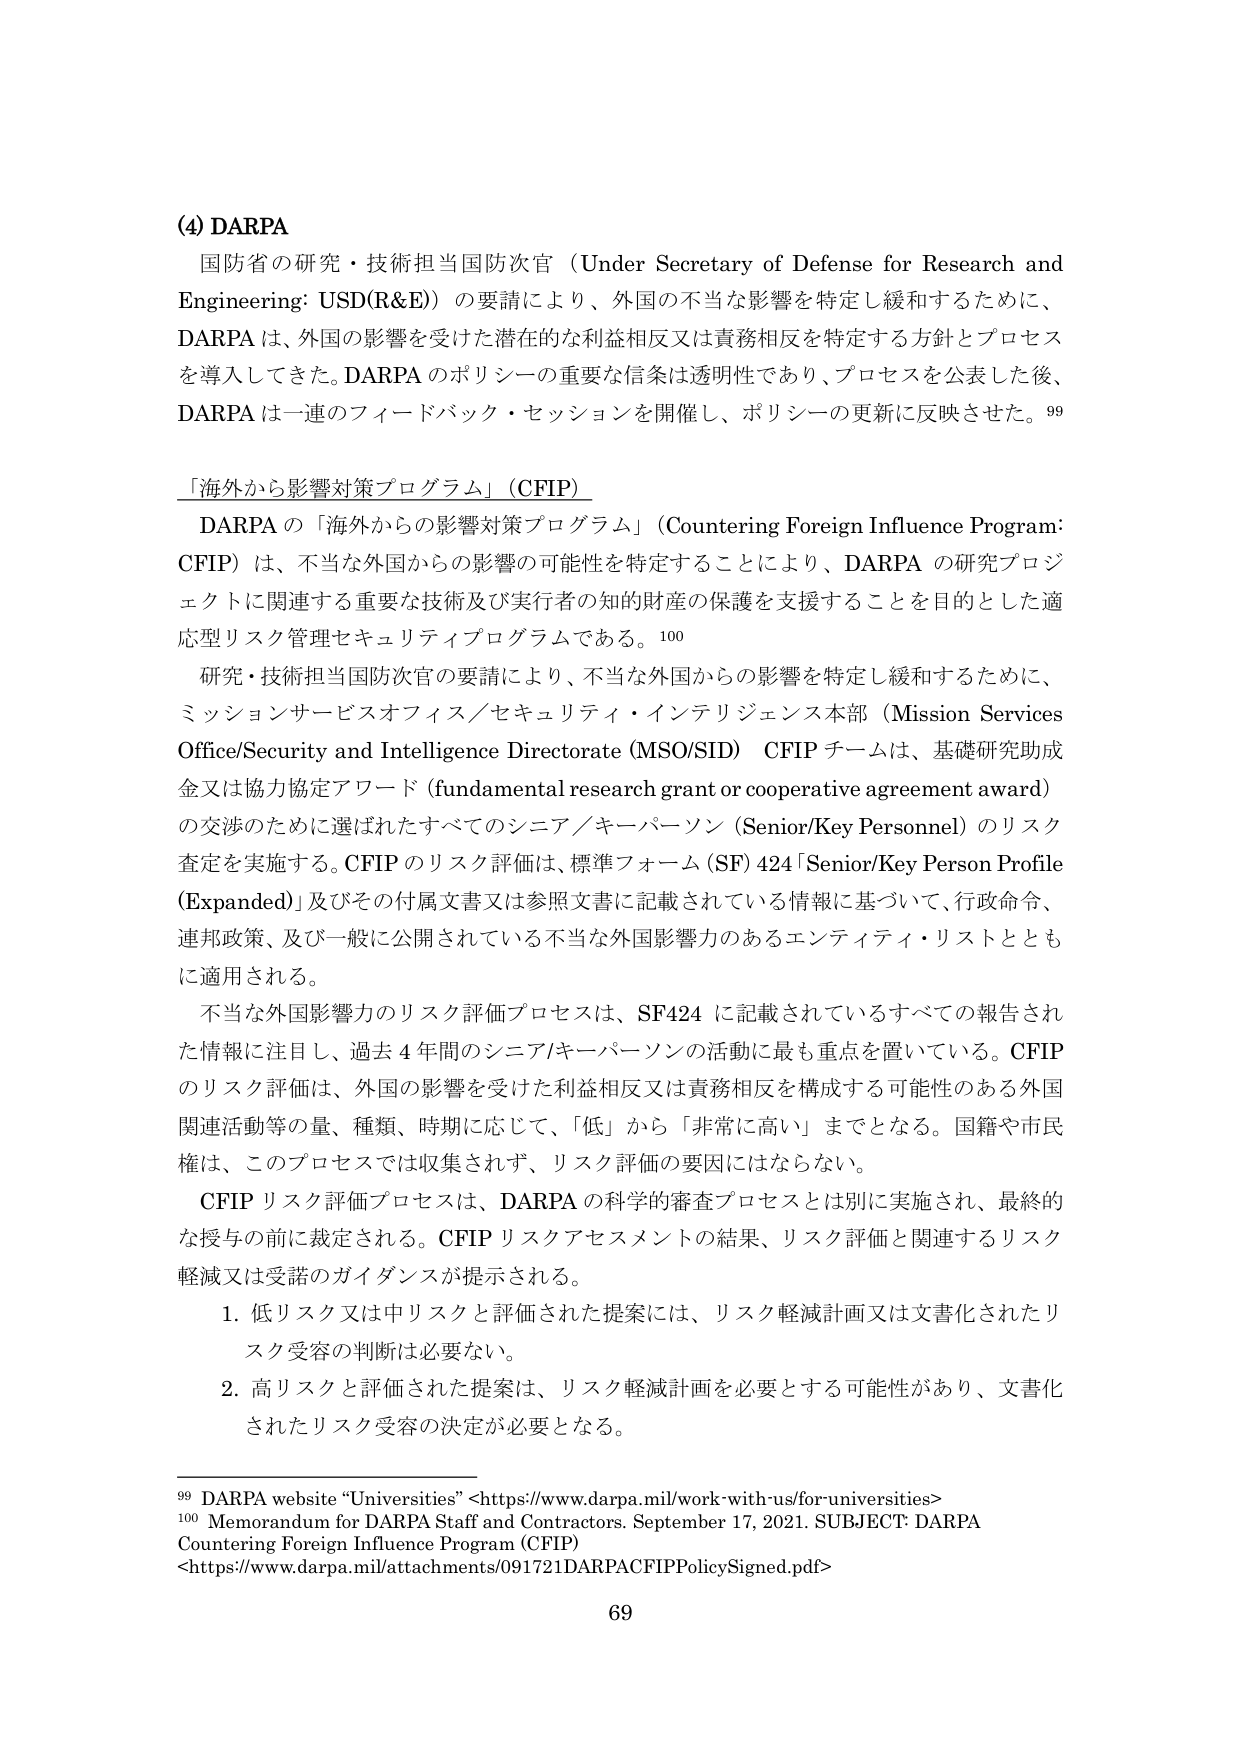
(4) DARPA
国防省の研究・技術担当国防次官（Under Secretary of Defense for Research and Engineering: USD(R&E)）の要請により、外国の不当な影響を特定し緩和するために、DARPA は、外国の影響を受けた潜在的な利益相反又は責務相反を特定する方針とプロセスを導入してきた。DARPA のポリシーの重要な信条は透明性であり、プロセスを公表した後、DARPA は一連のフィードバック・セッションを開催し、ポリシーの更新に反映させた。99

「海外から影響対策プログラム」（CFIP）
DARPA の「海外からの影響対策プログラム」（Countering Foreign Influence Program: CFIP）は、不当な外国からの影響の可能性を特定することにより、DARPA の研究プロジェクトに関連する重要な技術及び実行者の知的財産の保護を支援することを目的とした適応型リスク管理セキュリティプログラムである。100
研究・技術担当国防次官の要請により、不当な外国からの影響を特定し緩和するために、ミッションサービスオフィス／セキュリティ・インテリジェンス本部（Mission Services Office/Security and Intelligence Directorate (MSO/SID)）CFIP チームは、基礎研究助成金又は協力協定アワード（fundamental research grant or cooperative agreement award）の交渉のために選ばれたすべてのシニア／キーパーソン（Senior/Key Personnel）のリスク査定を実施する。CFIP のリスク評価は、標準フォーム（SF）424「Senior/Key Person Profile (Expanded)」及びその付属文書又は参照文書に記載されている情報に基づいて、行政命令、連邦政策、及び一般に公開されている不当な外国影響力のあるエンティティ・リストとともに適用される。
不当な外国影響力のリスク評価プロセスは、SF424 に記載されているすべての報告された情報に注目し、過去 4 年間のシニア/キーパーソンの活動に最も重点を置いている。CFIP のリスク評価は、外国の影響を受けた利益相反又は責務相反を構成する可能性のある外国関連活動等の量、種類、時期に応じて、「低」から「非常に高い」までとなる。国籍や市民権は、このプロセスでは収集されず、リスク評価の要因にはならない。
CFIP リスク評価プロセスは、DARPA の科学的審査プロセスとは別に実施され、最終的な授与の前に裁定される。CFIP リスクアセスメントの結果、リスク評価と関連するリスク軽減又は受諾のガイダンスが提示される。
1. 低リスク又は中リスクと評価された提案には、リスク軽減計画又は文書化されたリスク受容の判断は必要ない。
2. 高リスクと評価された提案は、リスク軽減計画を必要とする可能性があり、文書化されたリスク受容の決定が必要となる。

99 DARPA website “Universities” <https://www.darpa.mil/work-with-us/for-universities>
100 Memorandum for DARPA Staff and Contractors. September 17, 2021. SUBJECT: DARPA Countering Foreign Influence Program (CFIP)
<https://www.darpa.mil/attachments/091721DARPACFIPPolicySigned.pdf>

69